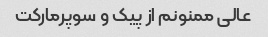
عالی ممنونم از پیک و سوپرمارکت